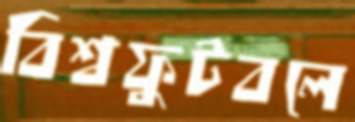
বিশ্বফুটবলে